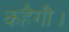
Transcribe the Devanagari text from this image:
कहैगौ।